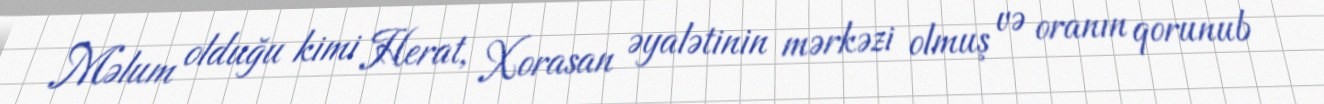
Məlum olduğu kimi Herat, Xorasan əyalətinin mərkəzi olmuş və oranın qorunub